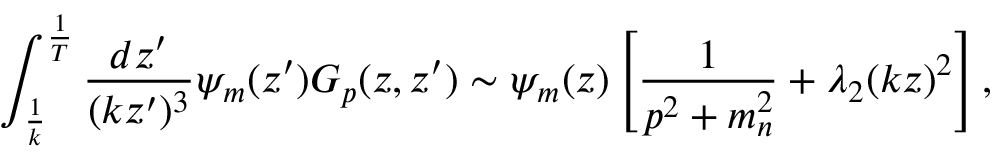
\int _ { \frac { 1 } { k } } ^ { \frac { 1 } { T } } { \frac { d z ^ { \prime } } { ( k z ^ { \prime } ) ^ { 3 } } } \psi _ { m } ( z ^ { \prime } ) G _ { p } ( z , z ^ { \prime } ) \sim \psi _ { m } ( z ) \left[ { \frac { 1 } { p ^ { 2 } + m _ { n } ^ { 2 } } } + { \lambda _ { 2 } } ( k z ) ^ { 2 } \right] ,